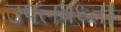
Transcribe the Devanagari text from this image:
उपलबध्ता